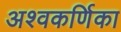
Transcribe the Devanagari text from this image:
अश्वकर्णिका